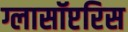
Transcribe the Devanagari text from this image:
ग्लासॉप्टरिस